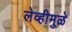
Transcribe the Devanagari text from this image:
लेव्हीमुळे